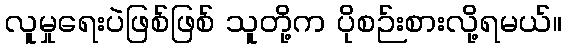
လူမှုရေးပဲဖြစ်ဖြစ် သူတို့က ပိုစဉ်းစားလို့ရမယ်။